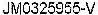
JM0325965-V